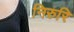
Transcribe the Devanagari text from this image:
निरुरि